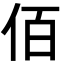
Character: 佰